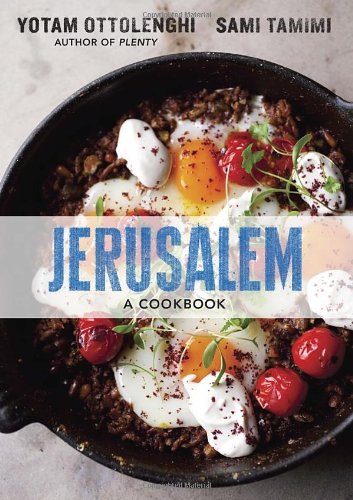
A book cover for Jerusalem: A Cookbook; Yotam Ottolenghi; Cookbooks, Food & Wine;